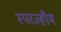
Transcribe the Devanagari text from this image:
स्परज्हीम